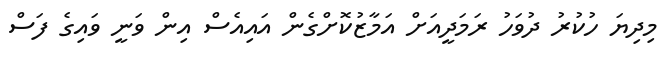
މިިދިޔަ ހުކުރު ދުވަހު ރަމަދީއަށް އަމާޒުކޮށްގެން އައިއެސް އިން ވަނީ ވައިގެ ފަސް